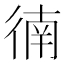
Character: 㣮